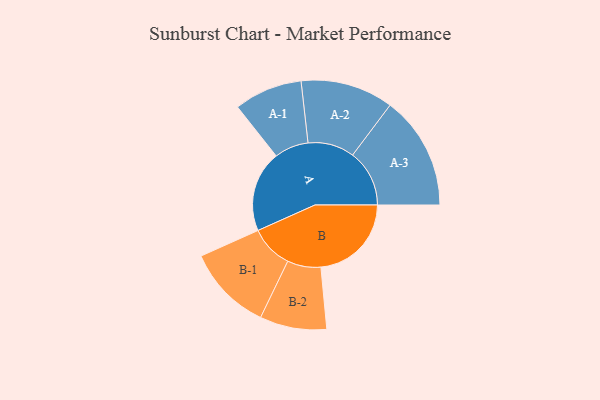
{"axis": {"x": "Segment", "y": "Value"}, "legend": ["", "A", "B"], "data": [{"x": "A", "y": 344, "type": ""}, {"x": "B", "y": 384, "type": ""}, {"x": "A-1", "y": 145, "type": "A"}, {"x": "A-2", "y": 197, "type": "A"}, {"x": "A-3", "y": 241, "type": "A"}, {"x": "B-1", "y": 182, "type": "B"}, {"x": "B-2", "y": 142, "type": "B"}]}